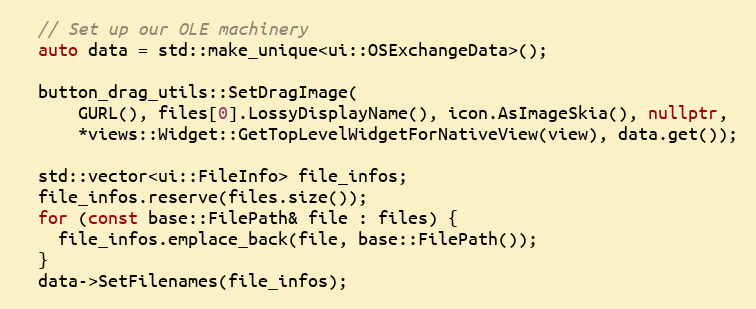
Language: C++
  // Set up our OLE machinery
  auto data = std::make_unique<ui::OSExchangeData>();

  button_drag_utils::SetDragImage(
      GURL(), files[0].LossyDisplayName(), icon.AsImageSkia(), nullptr,
      *views::Widget::GetTopLevelWidgetForNativeView(view), data.get());

  std::vector<ui::FileInfo> file_infos;
  file_infos.reserve(files.size());
  for (const base::FilePath& file : files) {
    file_infos.emplace_back(file, base::FilePath());
  }
  data->SetFilenames(file_infos);